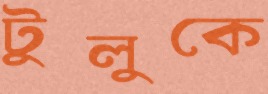
টুলুকে